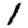
Digit: 1